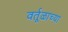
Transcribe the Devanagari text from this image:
वर्तूळाच्या